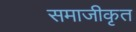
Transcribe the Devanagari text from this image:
समाजीकृत